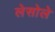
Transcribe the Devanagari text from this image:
लेसोले